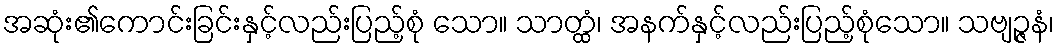
အဆုံး၏ကောင်းခြင်းနှင့်လည်းပြည့်စုံ သော။ သာတ္ထံ၊ အနက်နှင့်လည်းပြည့်စုံသော။ သဗျဉ္ဇနံ၊